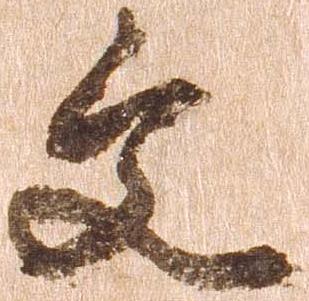
文